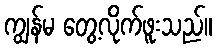
ကျွန်မ တွေ့လိုက်ဖူးသည်။